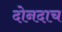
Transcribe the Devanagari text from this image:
दोनदाच